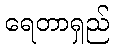
ရေတာရှည်